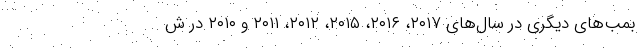
بمب‌های دیگری در سال‌های ۲۰۱۷، ۲۰۱۶، ۲۰۱۵، ۲۰۱۲، ۲۰۱۱ و ۲۰۱۰ در ش